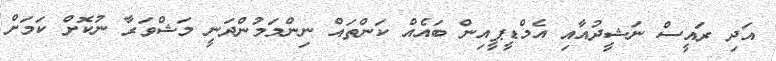
އަދި ރައީސް ނަޝީދުއާއި އެމްޑީޕީއިން ބައެއް ކަންތައް ނިންމަމުންދަނީ މަޝްވަރާ ނުކޮށް ކަމަށް